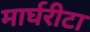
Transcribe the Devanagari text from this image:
मार्घरीटा